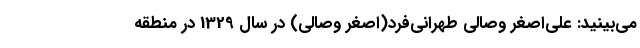
می‌بینید: علی‌اصغر وصالی طهرانی‌فرد(اصغر وصالی) در سال 1329 در منطقه